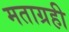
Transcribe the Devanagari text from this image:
मताग्रही